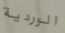
الوردية